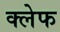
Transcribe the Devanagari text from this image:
क्लेफ